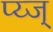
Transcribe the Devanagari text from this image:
प्य्ज्